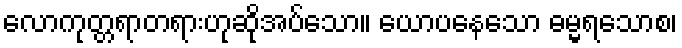
လောကုတ္တရာတရားဟုဆိုအပ်သော။ ယောပနေသော ဓမ္မရသောစ၊